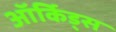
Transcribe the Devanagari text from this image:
ऑर्किड्स